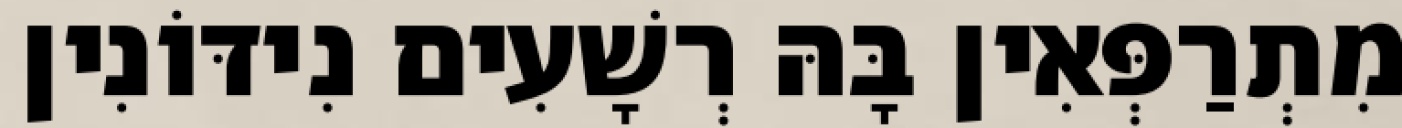
מִתְרַפְּאִין בָּהּ רְשָׁעִים נִידּוֹנִין